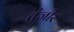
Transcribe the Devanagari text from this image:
तंजीर